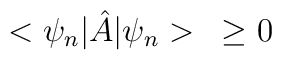
<\psi_n|{\hat A}|\psi_n>\;\;\; \geq 0